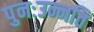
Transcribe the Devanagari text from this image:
पुनःउन्नति